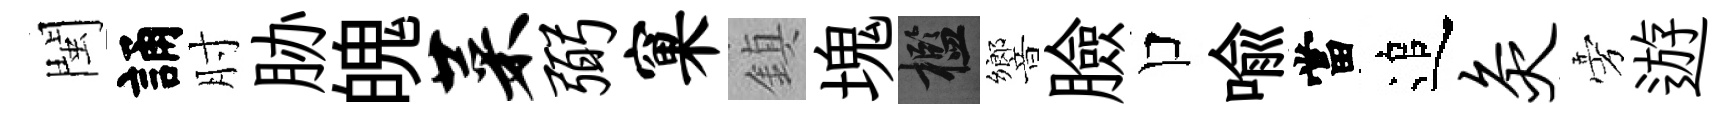
閩誦肘胁魄菜弼窠鎮塊檻響臉口喻當追灸旁遊